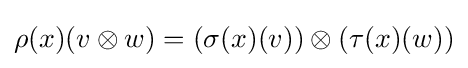
\rho (x)(v\otimes w)=(\sigma (x)(v))\otimes (\tau (x)(w))